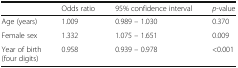
<table><thead><tr><td></td><td><b>Odds ratio</b></td><td><b>95% confidence interval</b></td><td><b><i>p</i>-value</b></td></tr></thead><tbody><tr><td>Age (years)</td><td>1.009</td><td>0.989 – 1.030</td><td>0.370</td></tr><tr><td>Female sex</td><td>1.332</td><td>1.075 – 1.651</td><td>0.009</td></tr><tr><td>Year of birth (four digits)</td><td>0.958</td><td>0.939 – 0.978</td><td>&lt;0.001</td></tr></tbody></table>